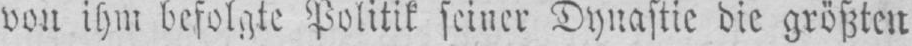
von ihm befolgte Politik seiner Dynastie die größten